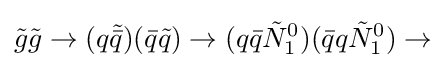
{\tilde {g}}{\tilde {g}}\rightarrow (q{\tilde {\bar {q}}})({\bar {q}}{\tilde {q}})\rightarrow (q{\bar {q}}{\tilde {N}}_{1}^{0})({\bar {q}}q{\tilde {N}}_{1}^{0})\rightarrow